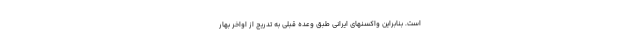
است. بنابراین واکسنهای ایرانی طبق وعده قبلی به تدریج از اواخر بهار